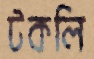
টকলি